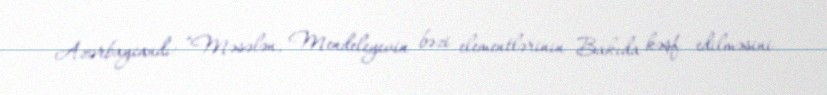
Azərbaycandı: “Məsələn, Mendeleyevin bəzi elementlərinin Bakıda kəşf edilməsini